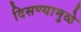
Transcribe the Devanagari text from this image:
दिसण्यामुळे